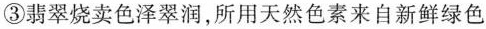
③翡翠烧卖色泽翠润，所用天然色素来自新鲜绿色